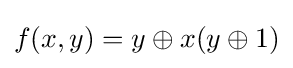
f(x,y)=y\oplus x(y\oplus 1)